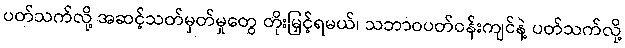
ပတ်သက်လို့ အဆင့်သတ်မှတ်မှုတွေ တိုးမြှင့်ရမယ်၊ သဘာဝပတ်ဝန်းကျင်နဲ့ ပတ်သက်လို့